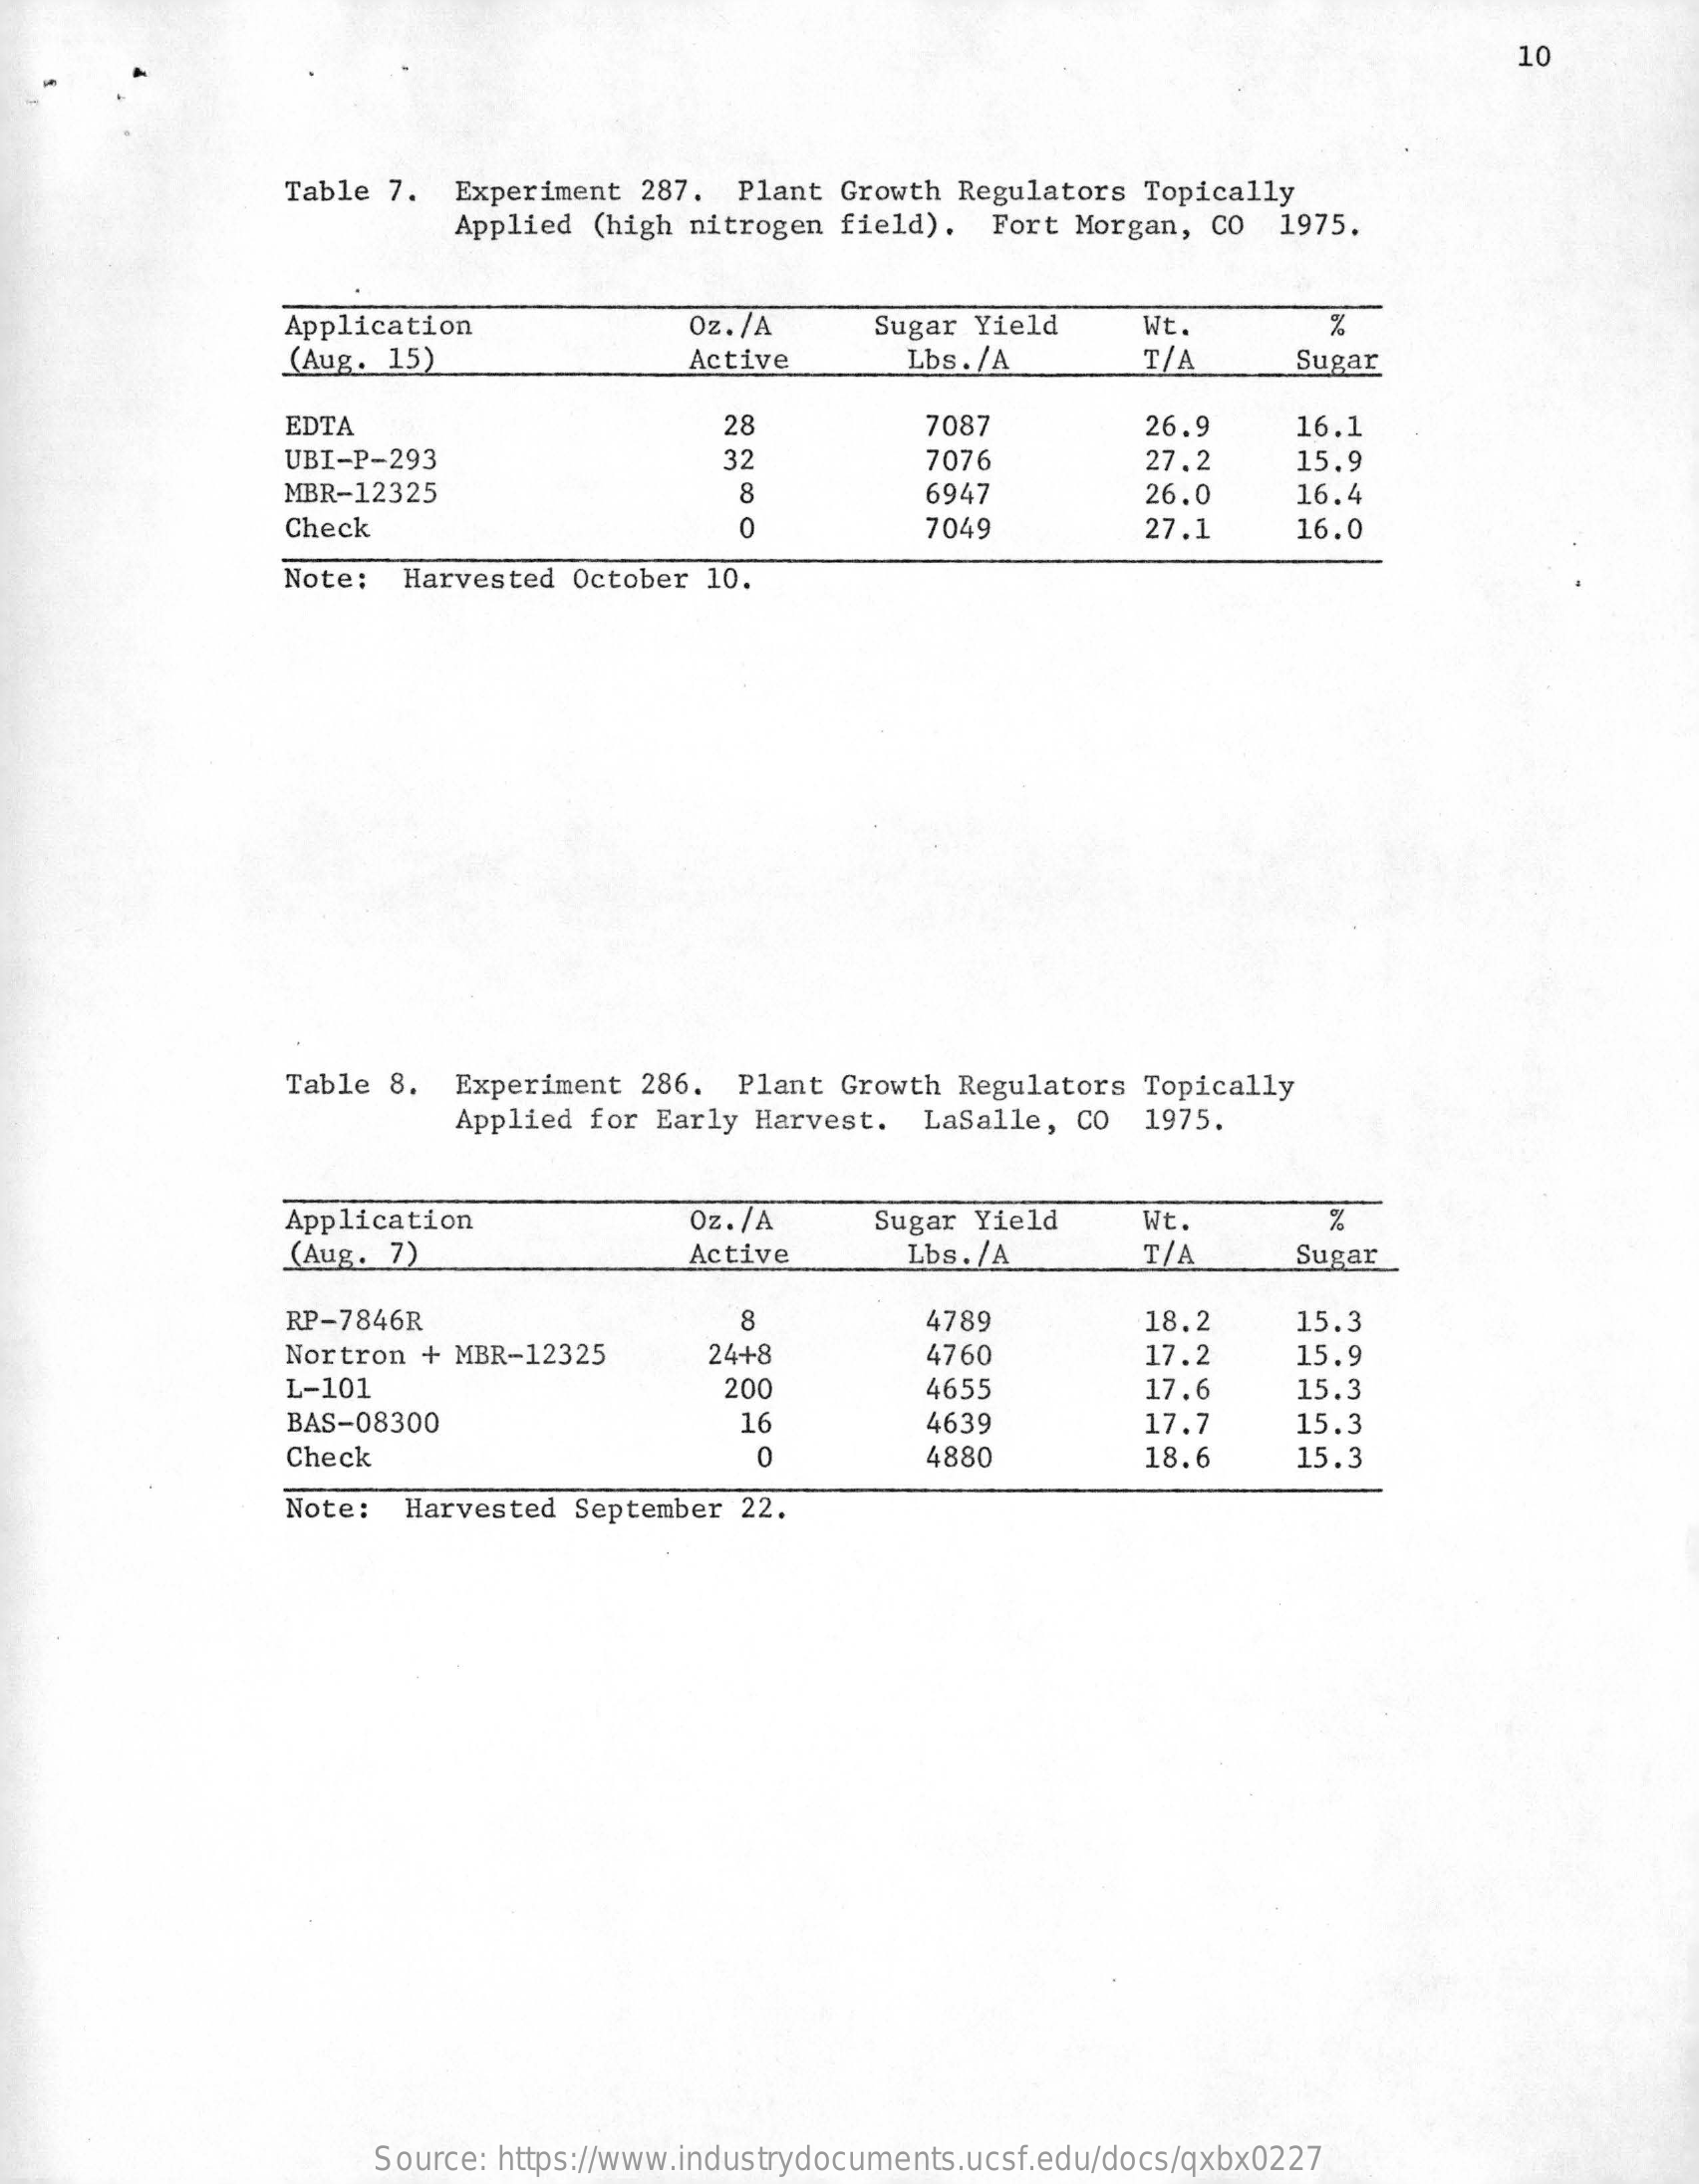
10
     Table 7.  Experiment  287.  Plant Growth Regulators  Topically
     Applied (high nitrogen field).   Fort Morgan, CO   1975.
     Application    Oz./A    Sugar Yield    Wt.
     (Aug. 15)    Active    Lbs. /A    T/    Sugar
     EDTA    28    7087    26.9    16.1
     UBI-P-293    32    7076    27.2    15.9
     MBR-12325    8    6947    26.0    16.4
     Check    0    7049    27.1    16.0
     Note:  Harvested  October 10.
     Table 8.  Experiment  286.  Plant Growth  Regulators Topically
     Applied for Early Harvest.  LaSalle,  CO  1975.
     Application    Oz. /A    Sugar Yield    Wt.    %
     (Aug.  7)    Active    Lbs. /A    T/A    Sugar
     RP-7846R    8    4789    18.2    15.3
     Nortron  + MBR-12325    24+8    4760    17.2    15.9
     L-101    200    4655    17.6    15.3
     BAS-08300    16    4639    17.7    15.3
     Check    4880    18.6    15.3
     Note:  Harvested  September 22.
     Source: https://www.industrydocuments.ucsf.edu/docs/qxbx0227